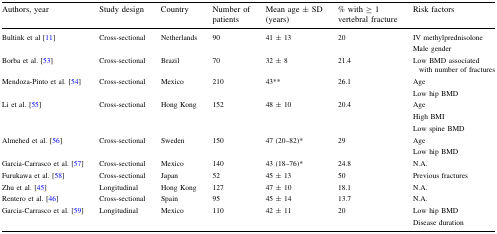
<table><thead><tr><td><b>Authors, year</b></td><td><b>Study design</b></td><td><b>Country</b></td><td><b>Number of patients</b></td><td><b>Mean age ± SD (years)</b></td><td><b>% with ≥ 1 vertebral fracture</b></td><td><b>Risk factors</b></td></tr></thead><tbody><tr><td>Bultink et al [11]</td><td>Cross-sectional</td><td>Netherlands</td><td>90</td><td>41 ± 13</td><td>20</td><td>IV methylprednisoloneMale gender</td></tr><tr><td>Borba et al. [53]</td><td>Cross-sectional</td><td>Brazil</td><td>70</td><td>32 ± 8</td><td>21.4</td><td>Low BMD associated with number of fractures</td></tr><tr><td>Mendoza-Pinto et al. [54]</td><td>Cross-sectional</td><td>Mexico</td><td>210</td><td>43**</td><td>26.1</td><td>AgeLow hip BMD</td></tr><tr><td>Li et al. [55]</td><td>Cross-sectional</td><td>Hong Kong</td><td>152</td><td>48 ± 10</td><td>20.4</td><td>AgeHigh BMILow spine BMD</td></tr><tr><td>Almehed et al. [56]</td><td>Cross-sectional</td><td>Sweden</td><td>150</td><td>47 (20–82)*</td><td>29</td><td>AgeLow hip BMD</td></tr><tr><td>Garcia-Carrasco et al. [57]</td><td>Cross-sectional</td><td>Mexico</td><td>140</td><td>43 (18–76)*</td><td>24.8</td><td>N.A.</td></tr><tr><td>Furukawa et al. [58]</td><td>Cross-sectional</td><td>Japan</td><td>52</td><td>45 ± 13</td><td>50</td><td>Previous fractures</td></tr><tr><td>Zhu et al. [45]</td><td>Longitudinal</td><td>Hong Kong</td><td>127</td><td>47 ± 10</td><td>18.1</td><td>N.A.</td></tr><tr><td>Rentero et al. [46]</td><td>Cross-sectional</td><td>Spain</td><td>95</td><td>45 ± 14</td><td>13.7</td><td>N.A.</td></tr><tr><td>Garcia-Carrasco et al. [59]</td><td>Longitudinal</td><td>Mexico</td><td>110</td><td>42 ± 11</td><td>20</td><td>Low hip BMDDisease duration</td></tr></tbody></table>